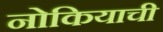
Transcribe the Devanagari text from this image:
नोकियाची